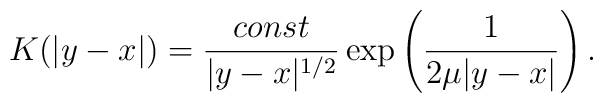
K(|y-x|)=\frac{const}{|y-x|^{1/2}} \exp\left( \frac{1}{2\mu|y-x|}\right).